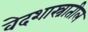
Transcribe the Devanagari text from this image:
वेदशास्त्रातील